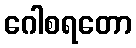
ဂေါစရတော